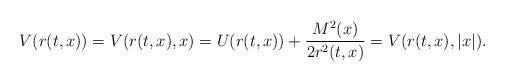
LaTeX: \begin{align*}V(r(t,x))=V(r(t,x),x)=U(r(t,x))+\frac{M^{2}(x)}{2r^{2}(t,x)}=V(r(t,x),|x|).\end{align*}